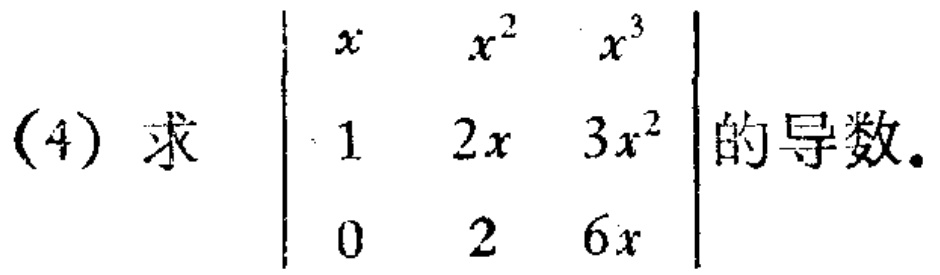
(4) 求 $\begin{vmatrix}x&x^{2}&x^{3}\\1&2x&3x^{2}\\0&2&6x\end{vmatrix}$ 的导数。